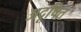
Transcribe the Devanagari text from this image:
अदूषित